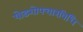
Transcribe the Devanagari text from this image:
षोडशोपचारविधि